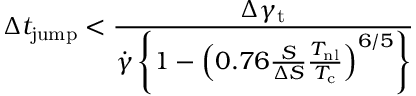
\Delta t _ { \mathrm { j u m p } } < \frac { \Delta \gamma _ { \mathrm { t } } } { { \dot { \gamma } \left\{ 1 - \left( 0 . 7 6 \frac { S } { \Delta S } \frac { T _ { \mathrm { n l } } } { T _ { \mathrm { c } } } \right) ^ { 6 / 5 } \right\} } }